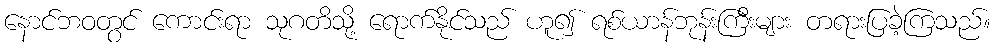
နောင်ဘဝတွင် ကောင်းရာ သုဂတိသို့ ရောက်နိုင်သည် ဟူ၍ ရစ်ယာန်ဘုန်းကြီးများ တရားပြခဲ့ကြသည်။